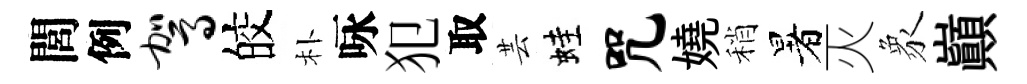
閭例驾皎朴咏犯取芸蛙咒嬈稍暑灭象巔